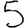
Digit: 5